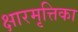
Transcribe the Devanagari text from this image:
क्षारमृत्तिका